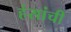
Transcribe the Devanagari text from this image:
हंसांची